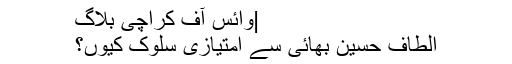
|وائس آف کراچی بلاگ
الطاف حسین بھائی سے امتیازی سلوک کیوں؟